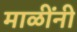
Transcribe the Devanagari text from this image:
माळींनी